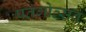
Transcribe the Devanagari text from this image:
पतंगोत्सव